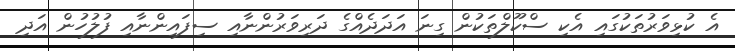
އެ ކުޅިވަރުތަކުގައި އެކި ސްކޫލްތަކުން ގިނަ އަދަދެއްގެ ދަރިވަރުންނާއި ސިފައިންނާއި ފުލުހުން އަދި